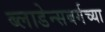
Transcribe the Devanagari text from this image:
ब्लाडेन्सबर्गच्या